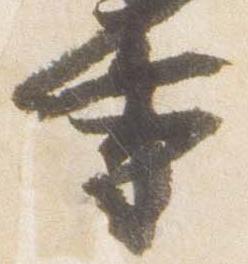
事